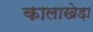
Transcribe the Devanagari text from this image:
कालाखेड़ा